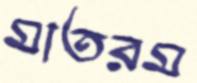
মাতরম